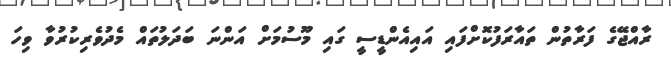
ރާއްޖޭގެ ފަރާތުން ތައާރަފުކޮށްފައި އައިއެންޑީސީ ގައި މޫސުމަށް އަންނަ ބަދަލުތައް މެދުވެރިކުރުވާ ވިހަ